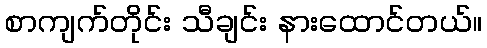
စာကျက်တိုင်း သီချင်း နားထောင်တယ်။